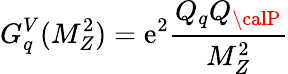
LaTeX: G_{q}^{V}(M_{Z}^{2})=\mathrm{e}^{2}\frac{{Q_{q}Q_{\calP}}}{{M_{Z}^{2}}}